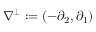
\nabla ^ { \perp } : = ( - \partial _ { 2 } , \partial _ { 1 } )